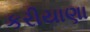
કરીયાણા